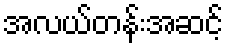
အလယ်တန်းအဆင့်